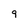
Character: 9